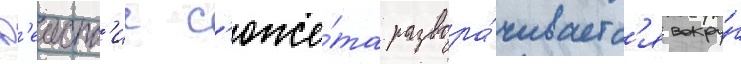
Д'еиств'ие с'юже́та развора́чиваетс'я вокру́г